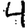
Digit: 4